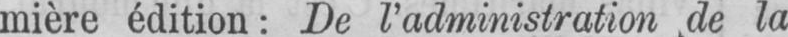
mière édition: De l’administration de la